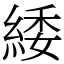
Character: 緌